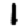
Digit: 1